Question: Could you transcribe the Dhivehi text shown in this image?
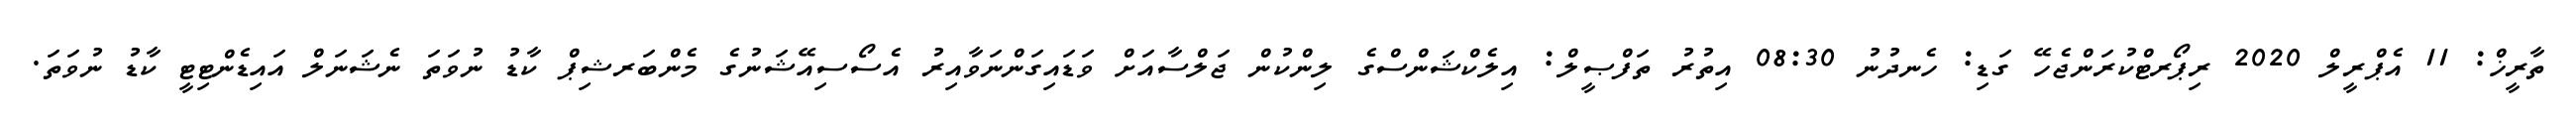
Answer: ތާރީޚް: 11 އެޕްރީލް 2020 ރިޕޯރޓްކުރަންޖެހޭ ގަޑި: ހެނދުނު 08:30 އިތުރު ތަފްޞީލް: އިލެކްޝަންސްގެ ލިންކުން ޖަލްސާއަށް ވަޑައިގަންނަވާއިރު އެސޯސިއޭޝަނުގެ މެންބަރޝިޕް ކާޑު ނުވަތަ ނެޝަނަލް އައިޑެންޓިޓީ ކާޑު ނުވަތަ.